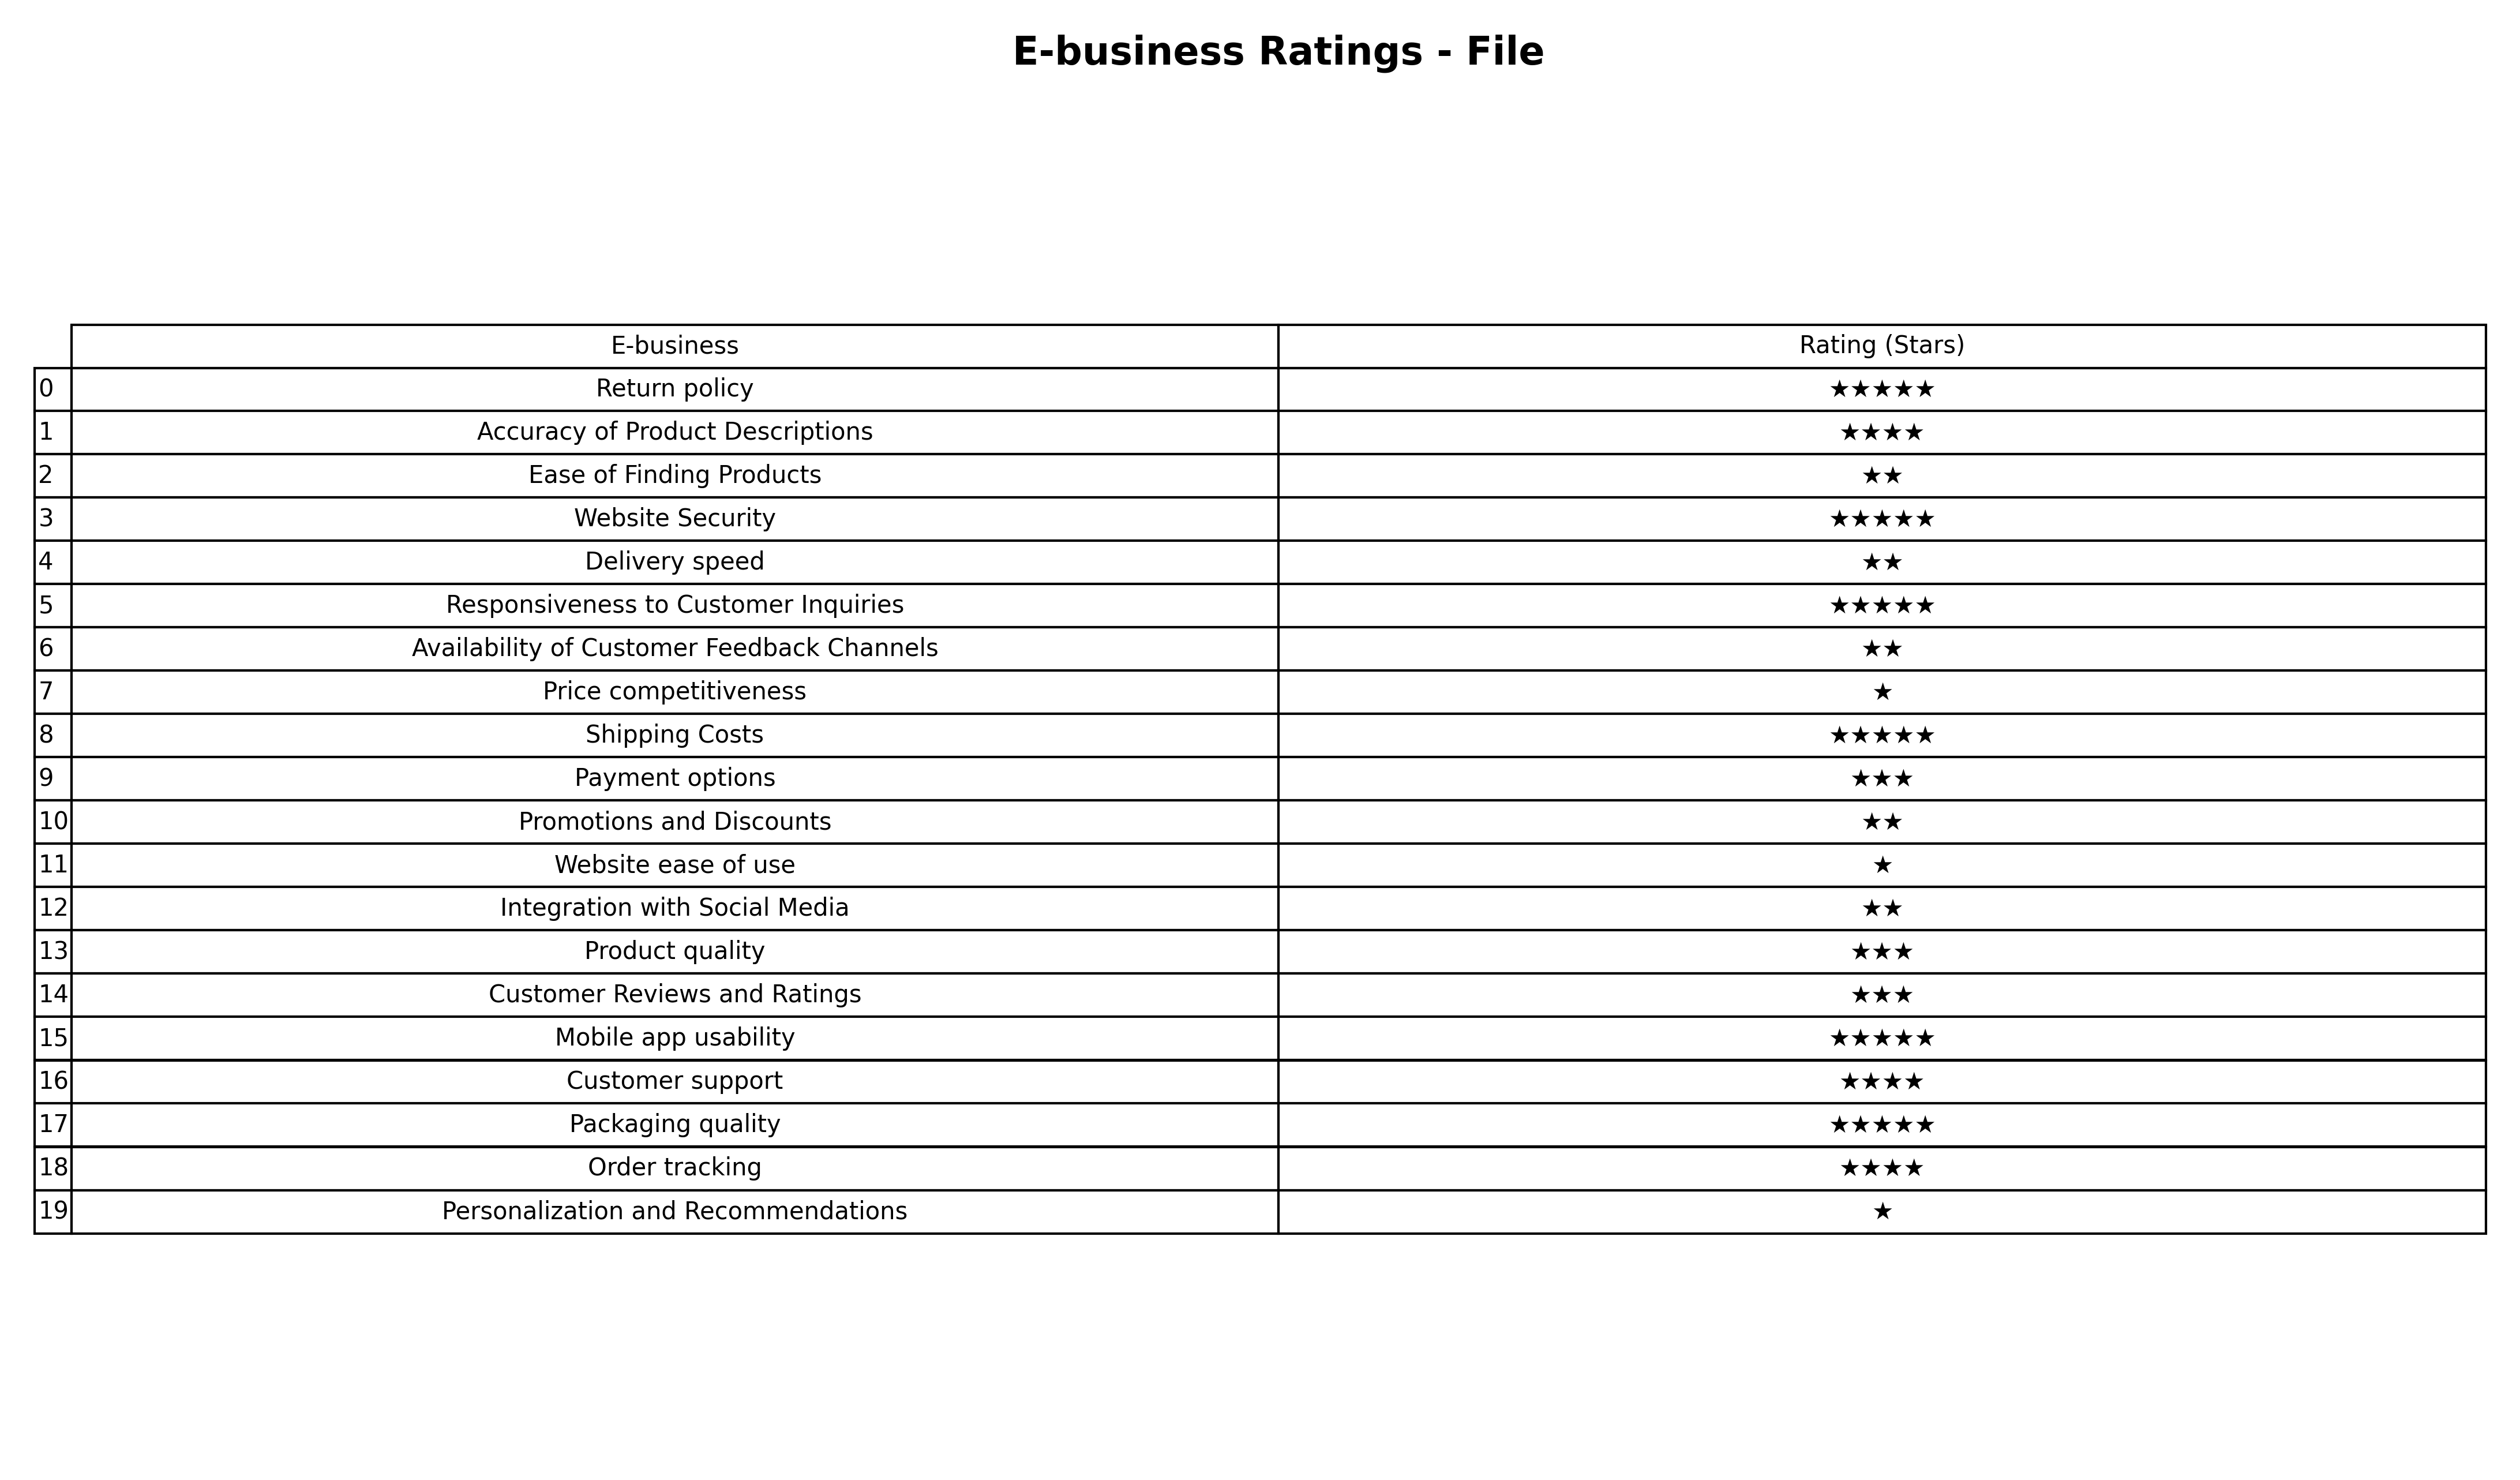
question: What is the rating of Payment options?
answer: ★★★